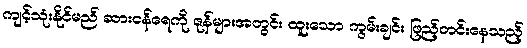
ကျင့်သုံးနိုင်မည် ဆားငန်ရေကို ဇုန်များအတွင်း ထူးသော ကွမ်းချင်း ဖြည့်တင်းနေသည့်